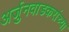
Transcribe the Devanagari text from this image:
अर्जुनवाडकरांच्या